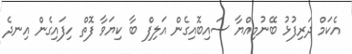
އެކަމް ދަރިފުޅު ބޭނުމިއްޔާ ސައިބޮއިގެން އަލިފް ބާ ކިޔަވާ ފޮތް ހިފައިގެން އިނދެ